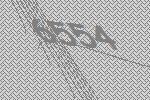
6554